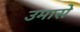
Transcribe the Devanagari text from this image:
उमासे